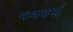
વનયમો